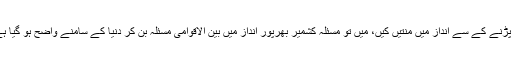
اب سلامتی کونسل کے جائزہ اجلاس جس کو رکوانے کیلئے بھارت نے پیر پڑنے کے سے انداز میں منتیں کیں، میں تو مسئلہ کشمیر بھرپور انداز میں بین الاقوامی مسئلہ بن کر دنیا کے سامنے واضح ہو گیا ہے، اس پر ہم چین، ترکی اور ملائیشیا کا جتنا بھی شکریہ ادا کریں وہ کم ہے۔